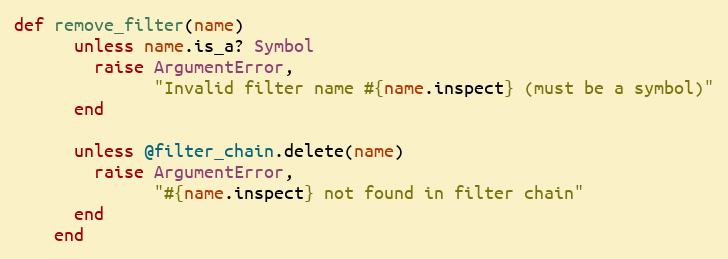
Language: Ruby
def remove_filter(name)
      unless name.is_a? Symbol
        raise ArgumentError,
              "Invalid filter name #{name.inspect} (must be a symbol)"
      end

      unless @filter_chain.delete(name)
        raise ArgumentError,
              "#{name.inspect} not found in filter chain"
      end
    end